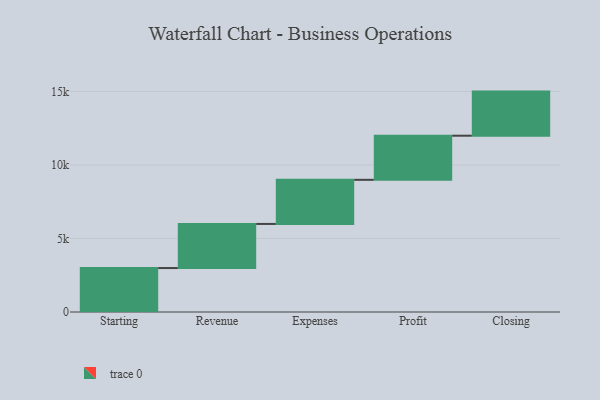
{"axis": {"x": "Step", "y": "Value"}, "legend": [""], "data": [{"x": "Starting", "y": 2989.0, "type": ""}, {"x": "Revenue", "y": 3000, "type": ""}, {"x": "Expenses", "y": 3000, "type": ""}, {"x": "Profit", "y": 3000, "type": ""}, {"x": "Closing", "y": 3000, "type": ""}]}